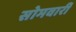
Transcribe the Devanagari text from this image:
सोमवारीं